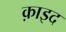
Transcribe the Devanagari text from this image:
क़ाइद